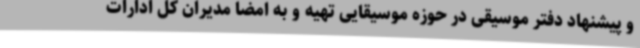
و پیشنهاد دفتر موسیقی در حوزه موسیقایی تهیه و به امضا مدیران کل ادارات